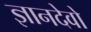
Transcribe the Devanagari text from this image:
ज्ञानदेवो